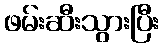
ဖမ်းဆီးသွားပြီး